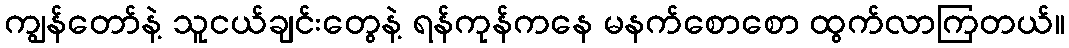
ကျွန်တော်နဲ့ သူငယ်ချင်းတွေနဲ့ ရန်ကုန်ကနေ မနက်စောစော ထွက်လာကြတယ်။